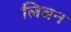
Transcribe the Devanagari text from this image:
लिबन